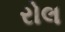
રોલ